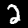
Label: 2